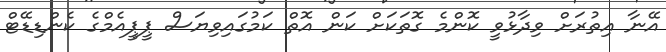
އޭނާ އިތުރަށް ވިދާޅުވީ ކޮންމެ ގޮތަކަށް ކަން އޮތް ކަމުގައިވިޔަސް ޕީޕީއެމްގެ ކެންޑިޑޭޓް